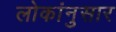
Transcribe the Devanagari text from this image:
लोकांनुसार